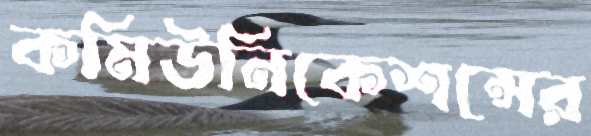
কমিউনিকেশন্সের